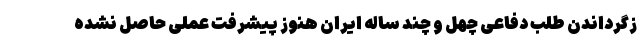
زگرداندن طلب دفاعی چهل و چند ساله ایران هنوز پیشرفت عملی حاصل نشده